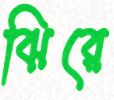
ঝিরে